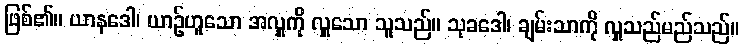
ဖြစ်၏။ ယာနဒေါ၊ ယာဉ်ဟူသော အလှူကို လှူသော သူသည်။ သုခဒေါ၊ ချမ်းသာကို လှူသည်မည်သည်။